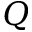
Q